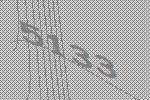
5133